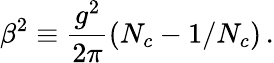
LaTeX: \beta^{2}\equiv\frac{g^{2}}{2\pi}(N_{c}-1/N_{c})\, .